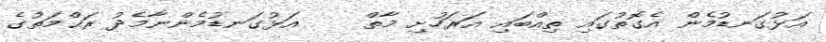
އަޅުގަނޑުމެން އެގޮތުގައި ތިއްބައި އަރަހުށި މާތް    އަޅުގަނޑުމެންނާމެދު ރަޙްމަތުގެ